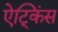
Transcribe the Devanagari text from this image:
ऐट्किंस